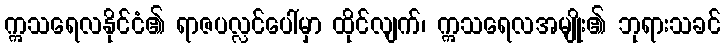
ဣသရေလနိုင်ငံ၏ ရာဇပလ္လင်ပေါ်မှာ ထိုင်လျက်၊ ဣသရေလအမျိုး၏ ဘုရားသခင်